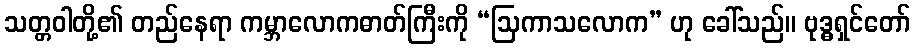
သတ္တဝါတို့၏ တည်နေရာ ကမ္ဘာလောကဓာတ်ကြီးကို “ဩကာသလောက” ဟု ခေါ်သည်။ ဗုဒ္ဓရှင်တော်